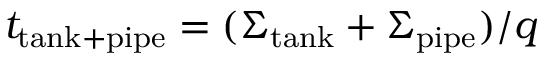
t _ { \mathrm { t a n k + p i p e } } = ( \Sigma _ { \mathrm { t a n k } } + \Sigma _ { \mathrm { p i p e } } ) / q